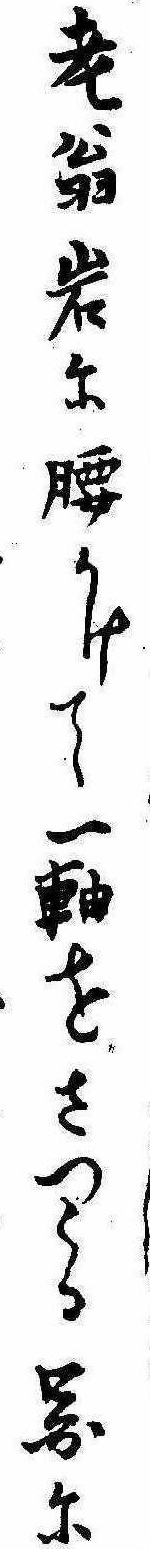
老翁岩に腰かけて一軸をさつくる図に